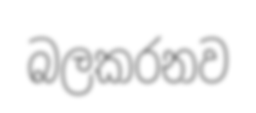
බලකරනව